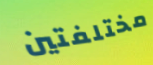
مختلفتين